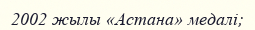
2002 жылы «Астана» медалі;